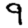
Digit: 9